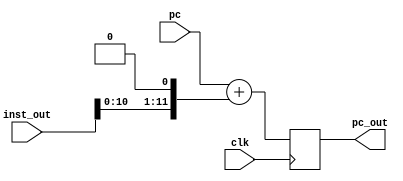
module exe_addsum (clk, pc, inst_out, pc_out);
input  clk;
input  [11:0] pc;
input  [63:0] inst_out;
output [11:0] pc_out;
reg    [11:0] pc_o;

wire [11:0] io;
assign io = inst_out[11:0];

always @(posedge clk)
	pc_o <= pc + (io << 1);
 
assign pc_out = pc_o;
endmodule